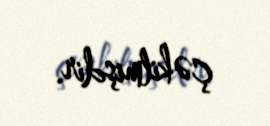
çəkilmişdir.